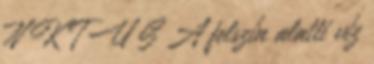
N K T U S A felszín alatti víz